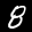
Label: 8